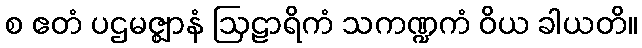
စ ဧတံ ပဌမဇ္ဈာနံ ဩဠာရိကံ သကဏ္ဍကံ ဝိယ ခါယတိ။